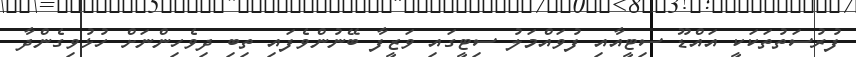
ފުރުސަތުތަކަކީ އައްޑޫ ސިޓީއާއި ފުވައްމަލު ސިޓީގައި ވަޒީފާ ބޭނުންވެފައި ތިބި ދިވެހިންނަށް ހުޅުވިގެންދާ